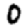
Digit: 0